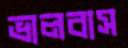
ভালবাস